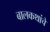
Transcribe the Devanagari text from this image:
बालकथांचे